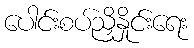
ပေါင်းစပ်ညှိနှိုင်းရေး